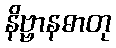
နိဗ္ဗာနဓာတု